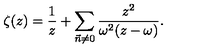
\zeta ( z ) = \frac { 1 } { z } + \sum _ { \vec { n } \neq 0 } \frac { z ^ { 2 } } { \omega ^ { 2 } ( z - \omega ) } .